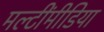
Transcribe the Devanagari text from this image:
मल्टींमीडिया